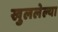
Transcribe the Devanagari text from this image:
खुललेल्या